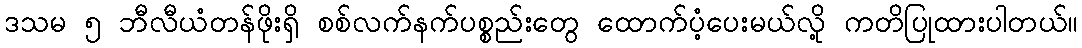
ဒသမ ၅ ဘီလီယံတန်ဖိုးရှိ စစ်လက်နက်ပစ္စည်းတွေ ထောက်ပံ့ပေးမယ်လို့ ကတိပြုထားပါတယ်။